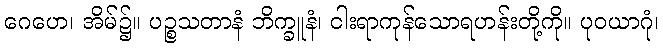
ဂေဟေ၊ အိမ်၌။ ပဉ္စသတာနံ ဘိက္ခူနံ၊ ငါးရာကုန်သောရဟန်းတို့ကို။ ပုဝယာဂုံ၊